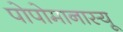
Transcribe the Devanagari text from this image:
पोपोमानास्यू